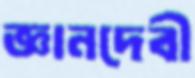
জ্ঞানদেবী